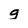
Character: g